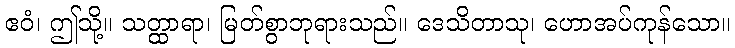
ဧဝံ၊ ဤသို့။ သတ္ထာရာ၊ မြတ်စွာဘုရားသည်။ ဒေသိတာသု၊ ဟောအပ်ကုန်သော။